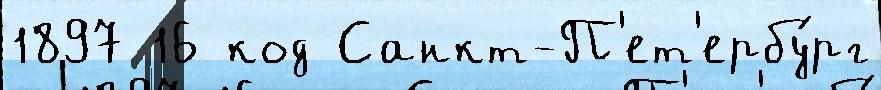
1897 16 код Санкт-П'ет'ербу́рг